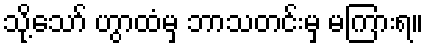
သို့သော် ဟွာထံမှ ဘာသတင်းမှ မကြားရ။